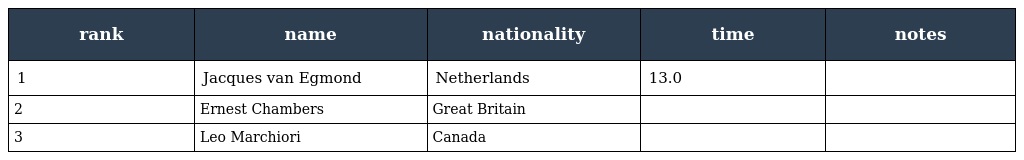
| rank | name | nationality | time | notes |
 | --- | --- | --- | --- | --- |
 | 1 | Jacques van Egmond | Netherlands | 13.0 |  |
 | 2 | Ernest Chambers | Great Britain |  |  |
 | 3 | Leo Marchiori | Canada |  |  |